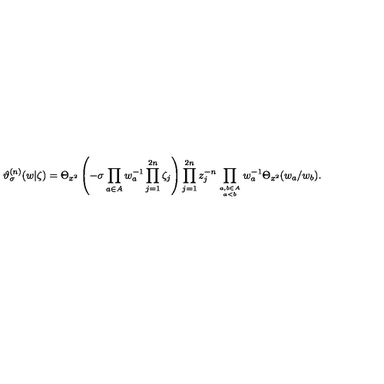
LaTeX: \vartheta _ { \sigma } ^ { ( n ) } ( w | \zeta ) = \Theta _ { x ^ { 2 } } \left( - \sigma \prod _ { a \in A } w _ { a } ^ { - 1 } \prod _ { j = 1 } ^ { 2 n } \zeta _ { j } \right) \prod _ { j = 1 } ^ { 2 n } z _ { j } ^ { - n } \prod _ { a , b \in A \atop a < b } w _ { a } ^ { - 1 } \Theta _ { x ^ { 2 } } ( w _ { a } / w _ { b } ) .